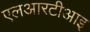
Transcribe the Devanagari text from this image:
एलआरटीआइ